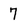
Character: 7